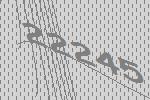
22245